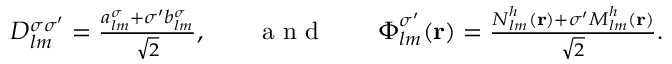
\begin{array} { r l r l r } { D _ { l m } ^ { \sigma \sigma ^ { \prime } } = \frac { { a _ { l m } ^ { \sigma } + \sigma ^ { \prime } b _ { l m } ^ { \sigma } } } { \sqrt { 2 } } , } & { { } } & { \mathrm { ~ a ~ n ~ d ~ } } & { { } } & { \boldsymbol { \Phi } _ { l m } ^ { \sigma ^ { \prime } } ( { \bf r } ) = \frac { { \boldsymbol { N } } _ { l m } ^ { h } ( { \bf r } ) + \sigma ^ { \prime } { \boldsymbol { M } } _ { l m } ^ { h } ( { \bf r } ) } { \sqrt { 2 } } . } \end{array}